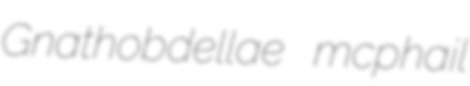
Gnathobdellae mcphail